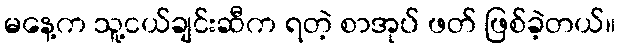
မနေ့က သူ့ငယ်ချင်းဆီက ရတဲ့ စာအုပ် ဖတ် ဖြစ်ခဲ့တယ်။